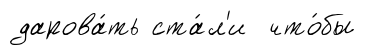
дарова́ть ста́л'и что́бы